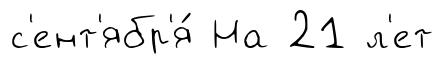
с'ент'ябр'я́ На 21 л'ет